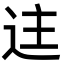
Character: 迬